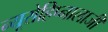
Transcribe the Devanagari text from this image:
न्यूरोहिप्नालाजी